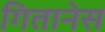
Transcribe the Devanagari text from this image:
गितानेस